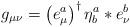
LaTeX: \begin{align*}g_{\mu \nu }=\left( e_{\mu }^{a}\right) ^{\dagger }\eta _{b}^{a}\ast e_{\nu}^{b}\end{align*}